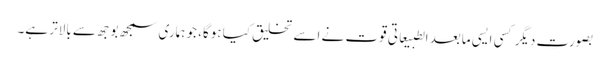
بصورتِ دیگر کسی ایسی مابعد الطبیعاتی قوت نے اسے تخلیق کیا ہوگا، جو ہماری سمجھ بوجھ سے بالاتر ہے۔